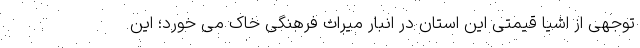
توجهی از اشیا قیمتی این استان در انبار میراث فرهنگی خاک می خورد؛ این